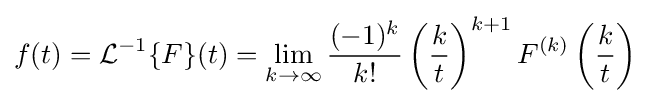
f(t)={\mathcal {L}}^{-1}\{F\}(t)=\lim _{k\to \infty }{\frac {(-1)^{k}}{k!}}\left({\frac {k}{t}}\right)^{k+1}F^{(k)}\left({\frac {k}{t}}\right)